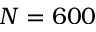
N = 6 0 0